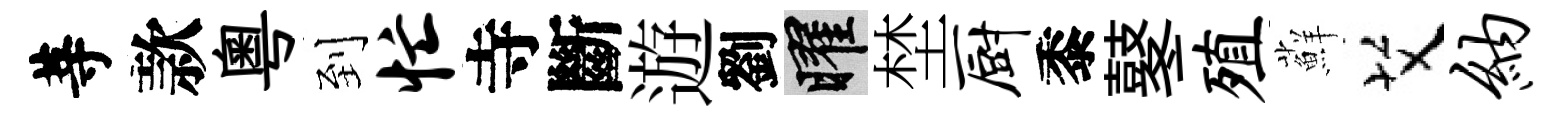
䓁款粤到忙寺斷遊劉曜埜厨黍鼕殖蘚艾纳